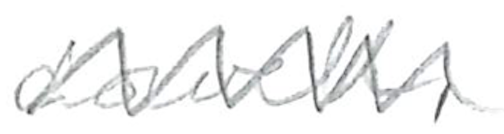
Text: Lowell,
Cross-out: zig-zag
Writing tool: pencil